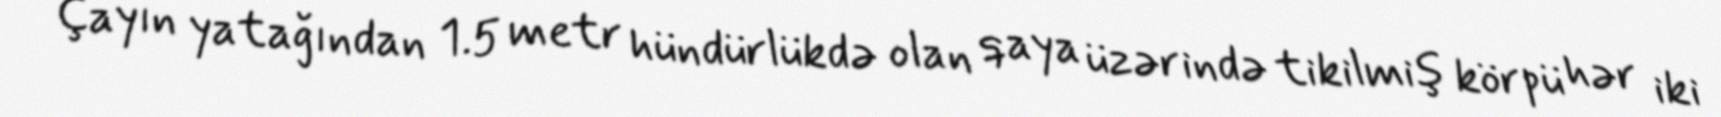
Çayın yatağından 1.5 metr hündürlükdə olan qaya üzərində tikilmiş körpü hər iki